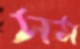
সম